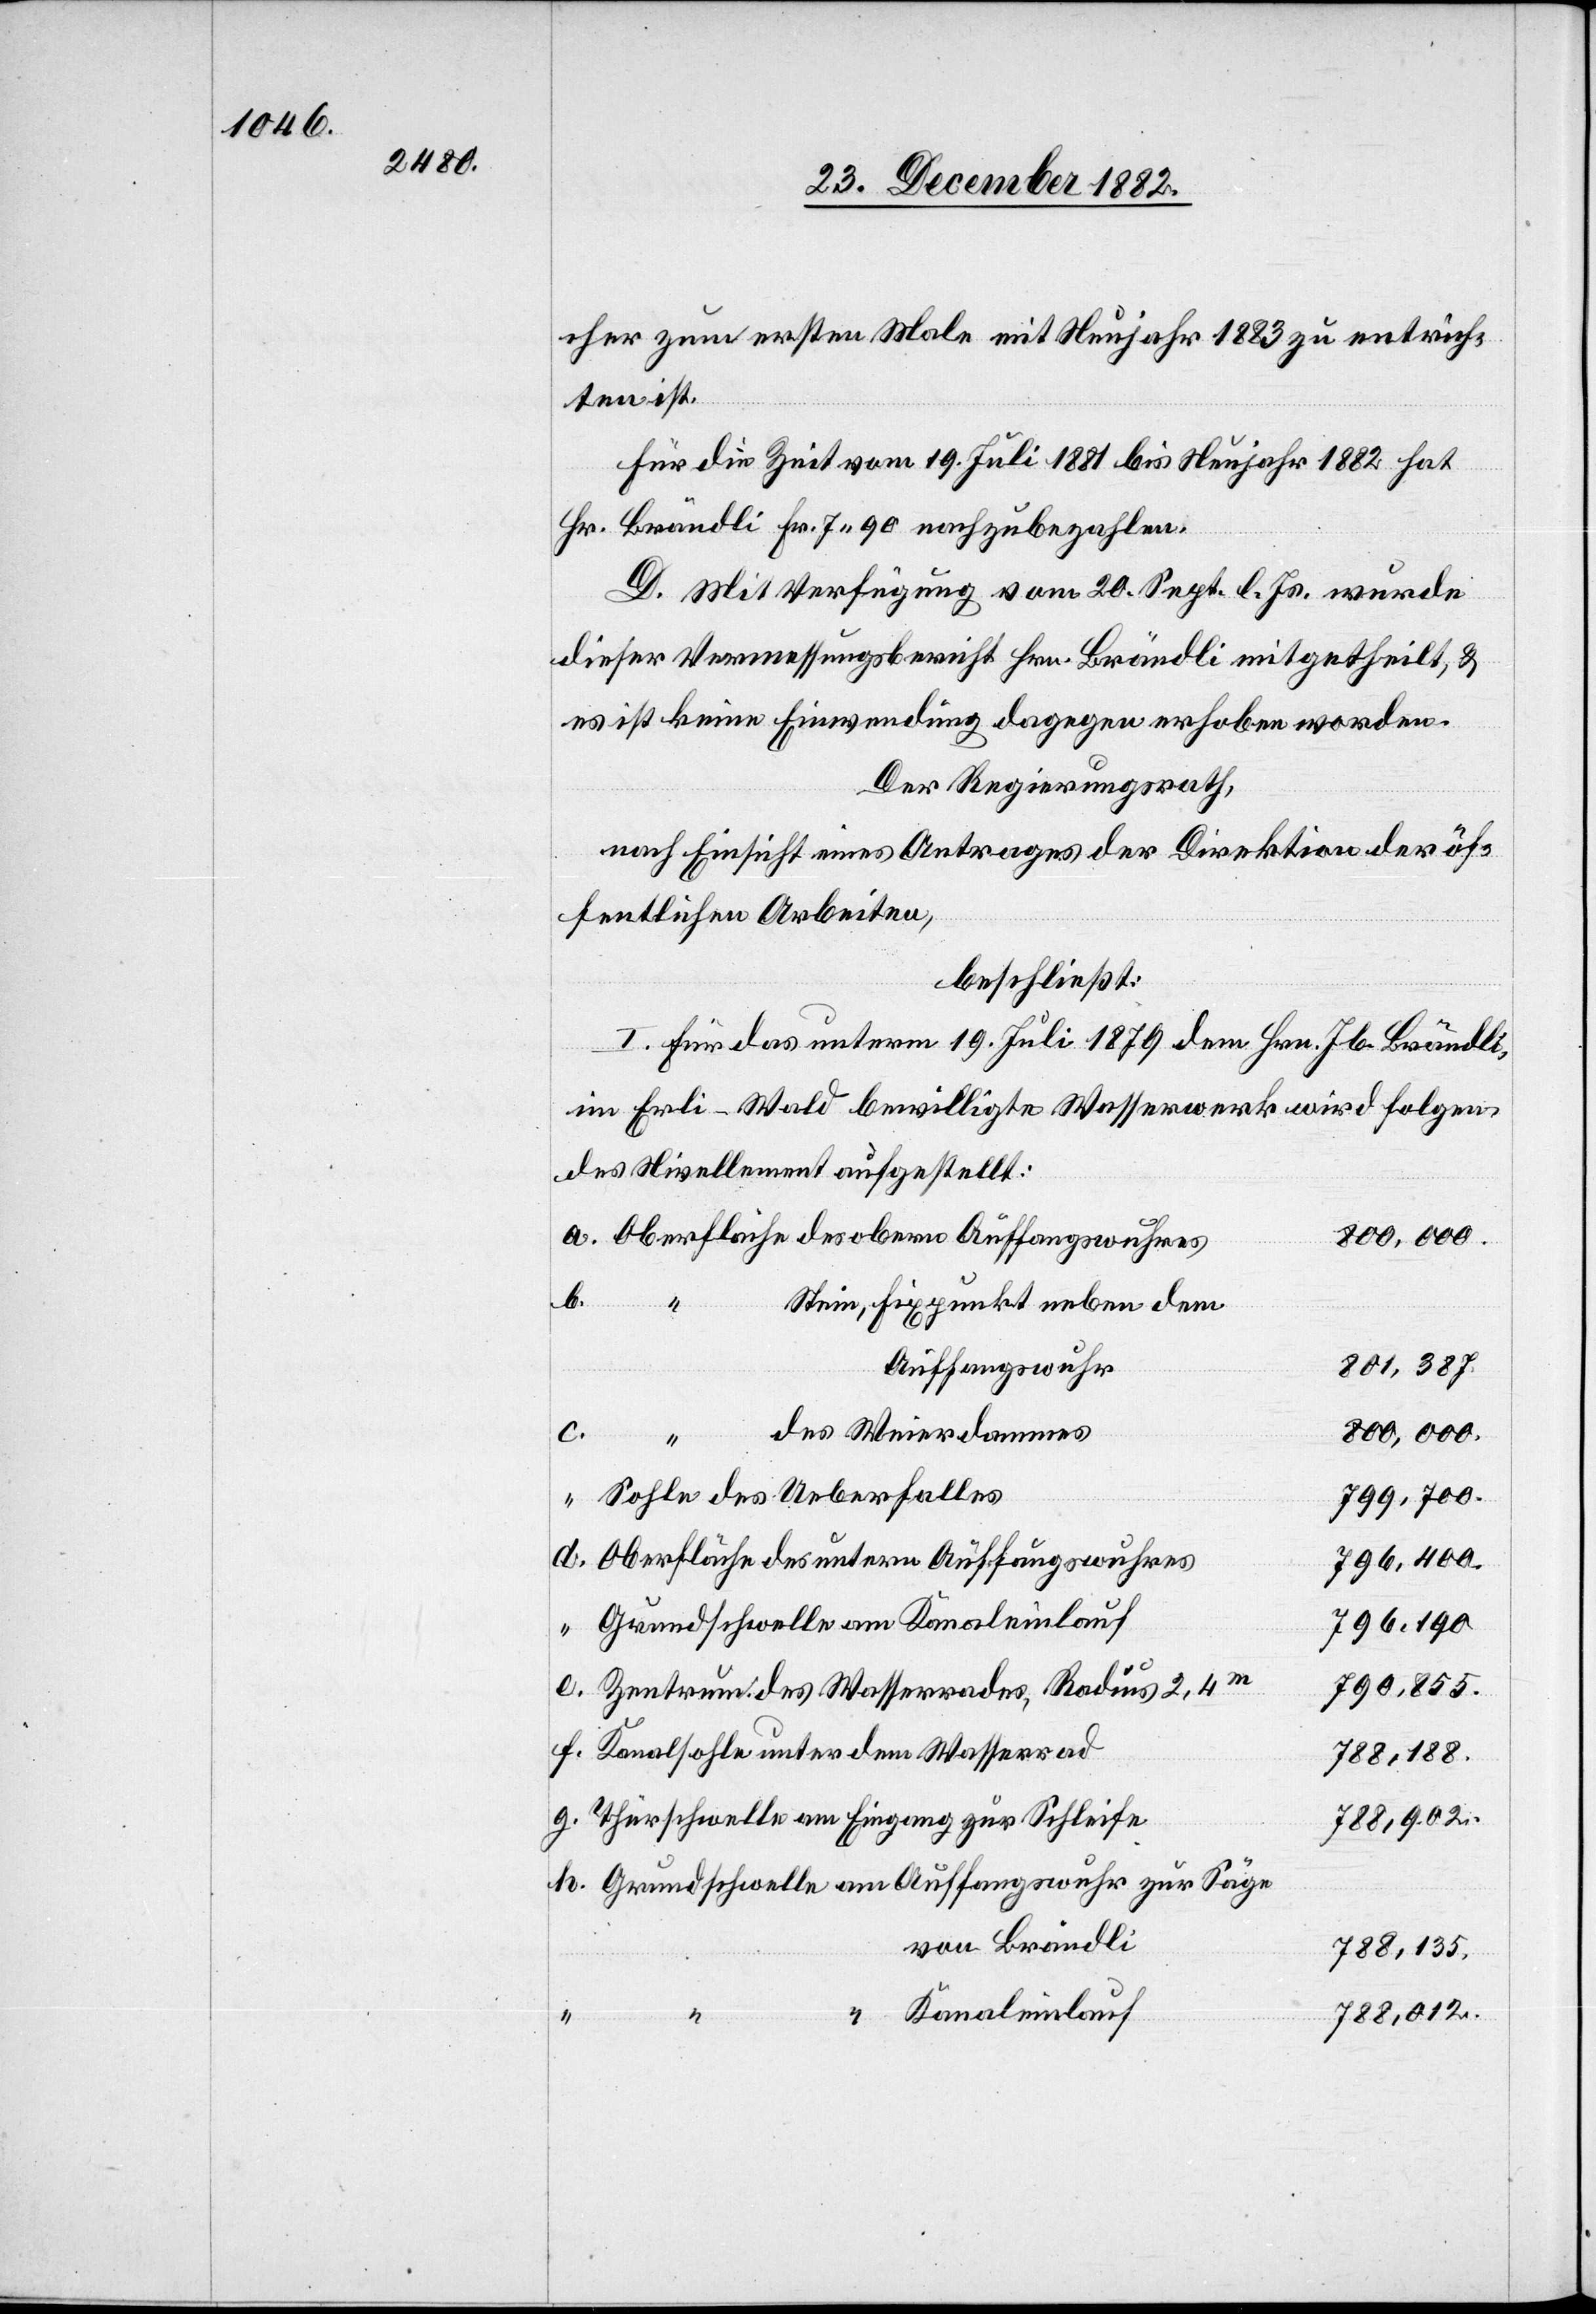
cher zum ersten Male mit Neujahr 1883 zu entrich¬
ten ist.
Für die Zeit vom 19. Juli 1881 bis Neujahr 1882 hat
Hr. Brändli Fr. 7 90 nachzubezahlen.
D. Mit Verfügung vom 20. Sept. l. Js. wurde
dieser Vermessungsbericht Hrn. Brändli mitgetheilt, &
es ist keine Einwendung dagegen erhoben worden.
Der Regierungsrath,
nach Einsicht eines Antrages der Direktion der öf¬
fentlichen Arbeiten,
beschließt:
I. Für das unterm 19. Juli 1879 dem Hrn. Jb. Brändli,
im Erli-Wald bewilligte Wasserwerk wird folgen¬
des Nivellement aufgestellt:
b.
Stein, Fixpunkt neben dem
801,387.
Auffangswuhr
800,000.
des Weierdammes
h.
Eingang
799,700.
796,190
790,855.
788,188.
788,902.
von Brändli
788,135.
“ Kanaleinlauf
788,012.